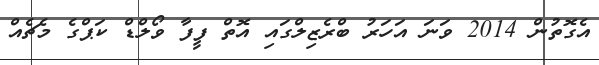
އެގޮތުން 2014 ވަނަ އަހަރު ބްރެޒިލްގައި އޮތް ފީފާ ވޯލްޑް ކަޕްގެ މެޗެއް